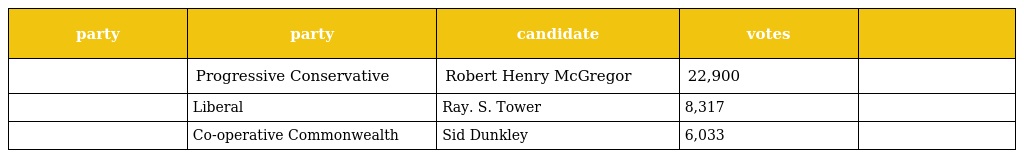
| party | party | candidate | votes |  |
 | --- | --- | --- | --- | --- |
 |  | Progressive Conservative | Robert Henry McGregor | 22,900 |  |
 |  | Liberal | Ray. S. Tower | 8,317 |  |
 |  | Co-operative Commonwealth | Sid Dunkley | 6,033 |  |